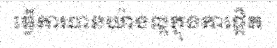
ធ្វើការបានយ៉ាងល្អក្នុងការផ្តិត